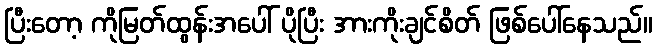
ပြီးတော့ ကိုမြတ်ထွန်းအပေါ် ပိုပြီး အားကိုးချင်စိတ် ဖြစ်ပေါ်နေသည်။